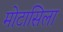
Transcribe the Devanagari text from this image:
मोटासिला